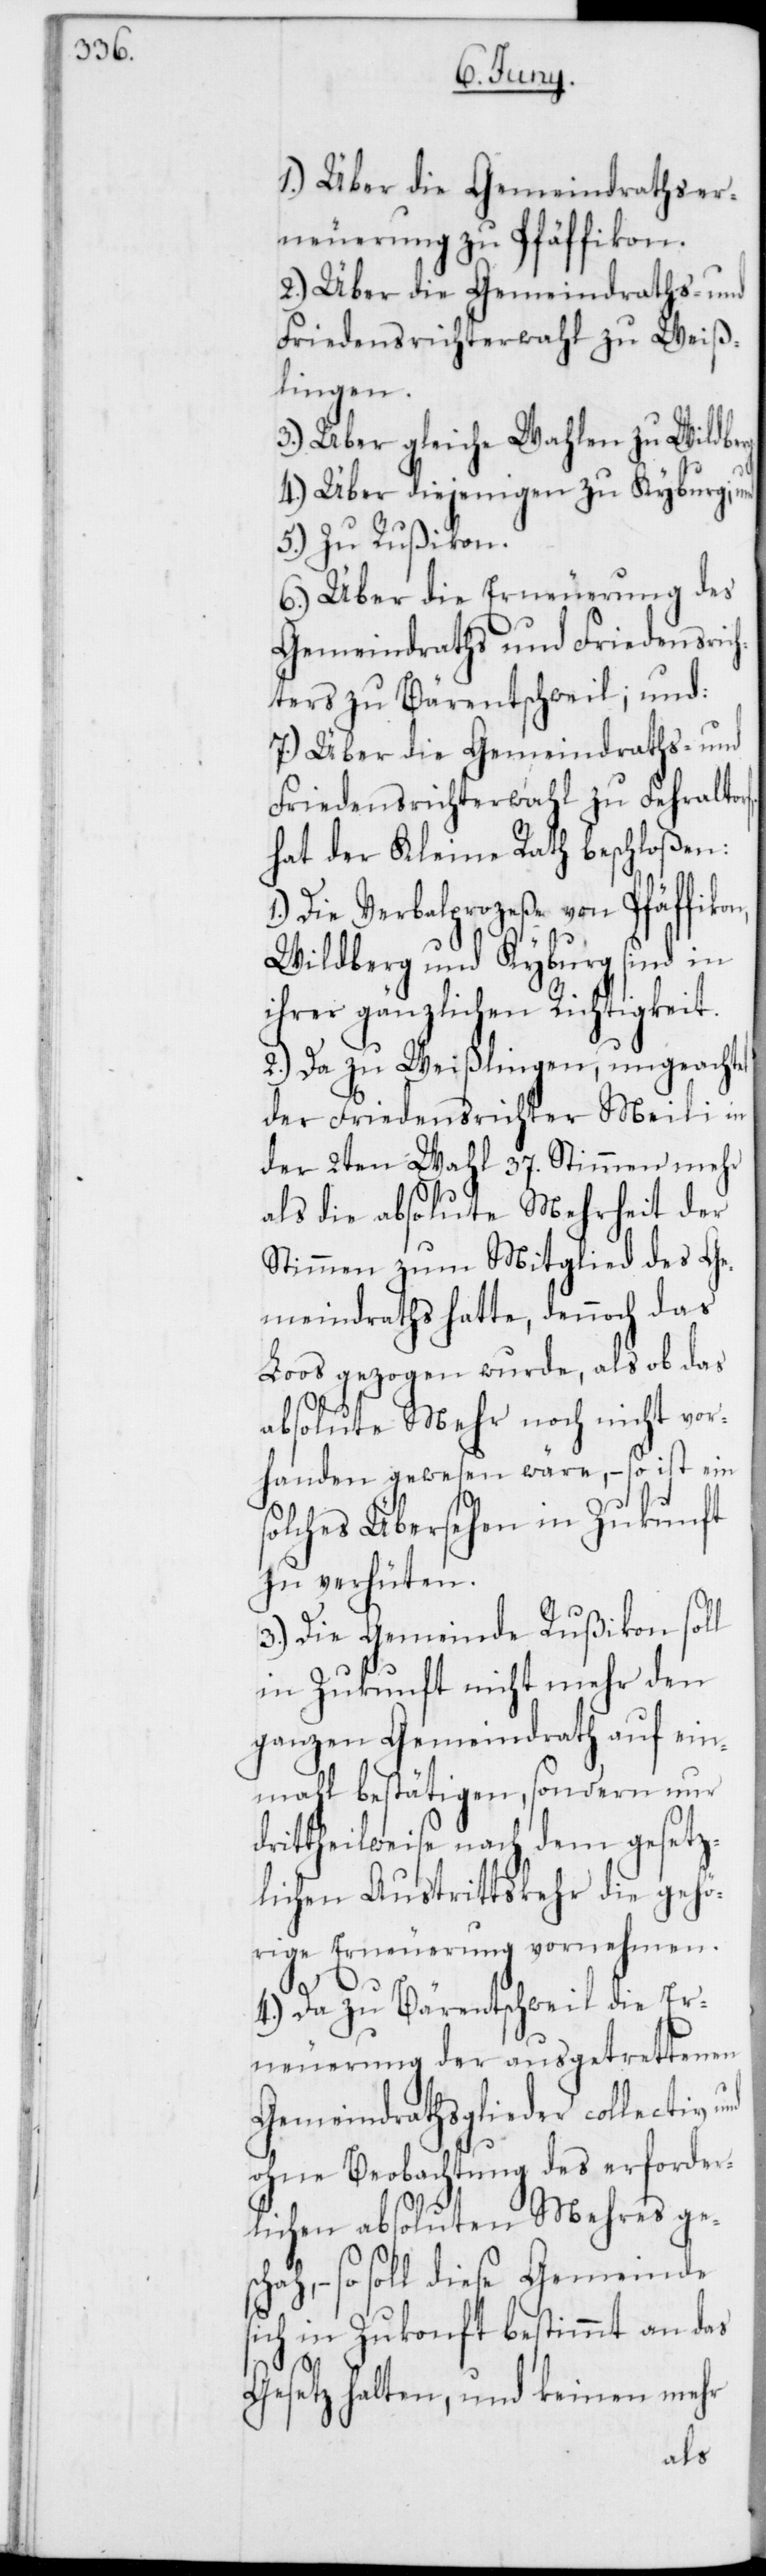
1.) Über die Gemeindrathser¬
neuerungen zu Pfäffikon.
2.) Über die Gemeindraths- und
Friedensrichterwahl zu Weiß¬
lingen.
3.) Über gleiche Wahlen zu Wildbe¬
4.) Über diejenigen zu Kyburg;
5.) Zu Rußikon.
6.) Über die Erneuerung des
Gemeindraths und Friedensric¬
hters zu Bäretschweil, und:
7.) Über die Gemeindraths- und
Friedensrichterwahl zu Fehralt¬
hat der Kleine Rath beschloßen:
1.) Die Verbalprozeße von Pfäffikon,
Wildberg und Kyburg sind in
ihrer gänzlichen Richtigkeit.
2.) Da zu Weißlingen, ungeachtet
der Friedensrichter Meili in
der 2ten Wahl 37. Stimmen mehr
als die absolute Mehrheit der
Stimmen zum Mitglied des Ge¬
meindraths hatte, dennoch das
Loos gezogen wurde, als ob das
absolute Mehr noch nicht vor¬
handen gewesen wäre, – so ist ein
solches Übersehen in Zukunft
zu verhüten.
3.) Die Gemeinde Rußikon soll
in Zukunft nicht mehr den
ganzen Gemeindrath auf ein¬
mahl bestätigen, sondern nur
drittheilweise nach dem gesetz¬
lichen Austrittskehr die gehö¬
rige Erneuerung vornehmen.
schah, –
4.) Da zu Bäretschweil die Er¬
neuerung der ausgetrettenen
Gemeindrathsglieder collectiv
ohne Beobachtung des erforder¬
lichen absoluten Mehres ge¬
so soll diese Gemeinde
sich in Zukonft bestimmt an das
Gesetz halten, und keinen mehr